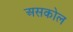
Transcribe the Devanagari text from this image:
असकोल